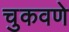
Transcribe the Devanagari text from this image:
चुकवणे